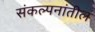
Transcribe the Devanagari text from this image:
संकल्पनांतील